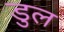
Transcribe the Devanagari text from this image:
डुल